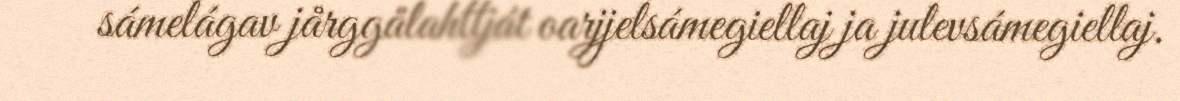
sámelágav jårggålahttját oarjjelsámegiellaj ja julevsámegiellaj.